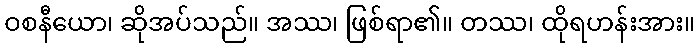
ဝစနီယော၊ ဆိုအပ်သည်။ အဿ၊ ဖြစ်ရာ၏။ တဿ၊ ထိုရဟန်းအား။